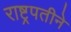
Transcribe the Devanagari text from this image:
राष्ट्रपतीने